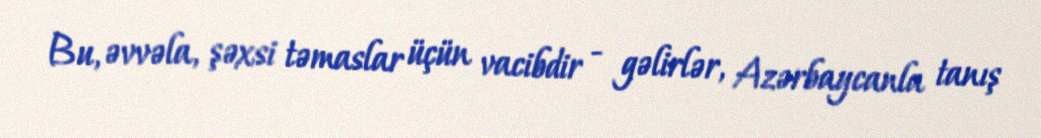
Bu, əvvəla, şəxsi təmaslar üçün vacibdir - gəlirlər, Azərbaycanla tanış